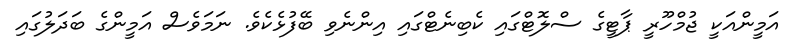
އަމީންއަކީ ޖުމްހޫރީ ޕާޓީގެ ސްލޮޓްގައި ކެބިނެޓްގައި އިންނެވި ބޭފުޅެކެވެ. ނަމަވެސް އަމީންގެ ބަދަލުގައި